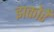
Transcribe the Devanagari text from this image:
झकोरें